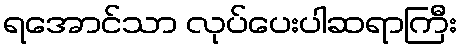
ရအောင်သာ လုပ်ပေးပါဆရာကြီး